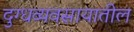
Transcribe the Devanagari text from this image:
दुग्धव्यवसायातील